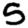
Digit: 5